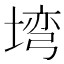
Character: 塆